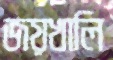
জয়খালি